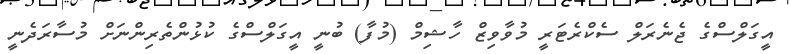
އީގަލްސްގެ ޖެނެރަލް ސެކްރެޓަރީ މުވާވިޒް ހާޝިމް (މުފާ) ބުނީ އީގަލްސްގެ ކުޅުންތެރިންނަށް މުސާރަދެނީ